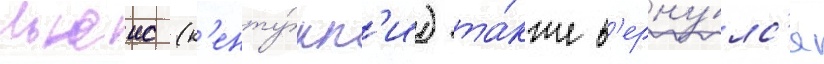
Льюис (к'енту́кк'и) та́кже в'ерну́лс'я